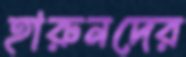
হারুনদের